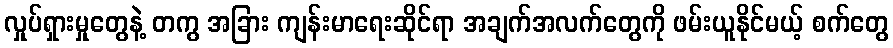
လှုပ်ရှားမှုတွေနဲ့ တကွ အခြား ကျန်းမာရေးဆိုင်ရာ အချက်အလက်တွေကို ဖမ်းယူနိုင်မယ့် စက်တွေ